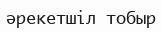
әрекетшіл тобыр